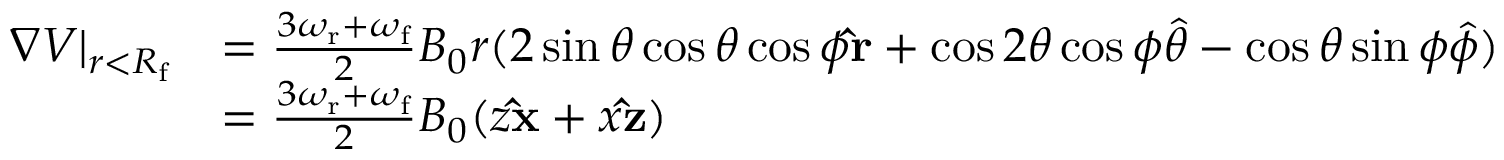
\begin{array} { r l } { \boldsymbol { \nabla } V \vert _ { r < R _ { \mathrm { f } } } } & { = \frac { 3 \omega _ { \mathrm { r } } + \omega _ { \mathrm { f } } } { 2 } B _ { 0 } r ( 2 \sin \theta \cos \theta \cos \phi \mathbf { \hat { r } } + \cos 2 \theta \cos \phi \boldsymbol { \hat { \theta } } - \cos \theta \sin \phi \boldsymbol { \hat { \phi } } ) } \\ & { = \frac { 3 \omega _ { \mathrm { r } } + \omega _ { \mathrm { f } } } { 2 } B _ { 0 } ( z \mathbf { \hat { x } } + x \mathbf { \hat { z } } ) } \end{array}